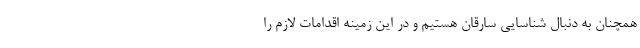
همچنان به دنبال شناسایی سارقان هستیم و در این زمینه اقدامات لازم را